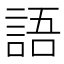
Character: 語